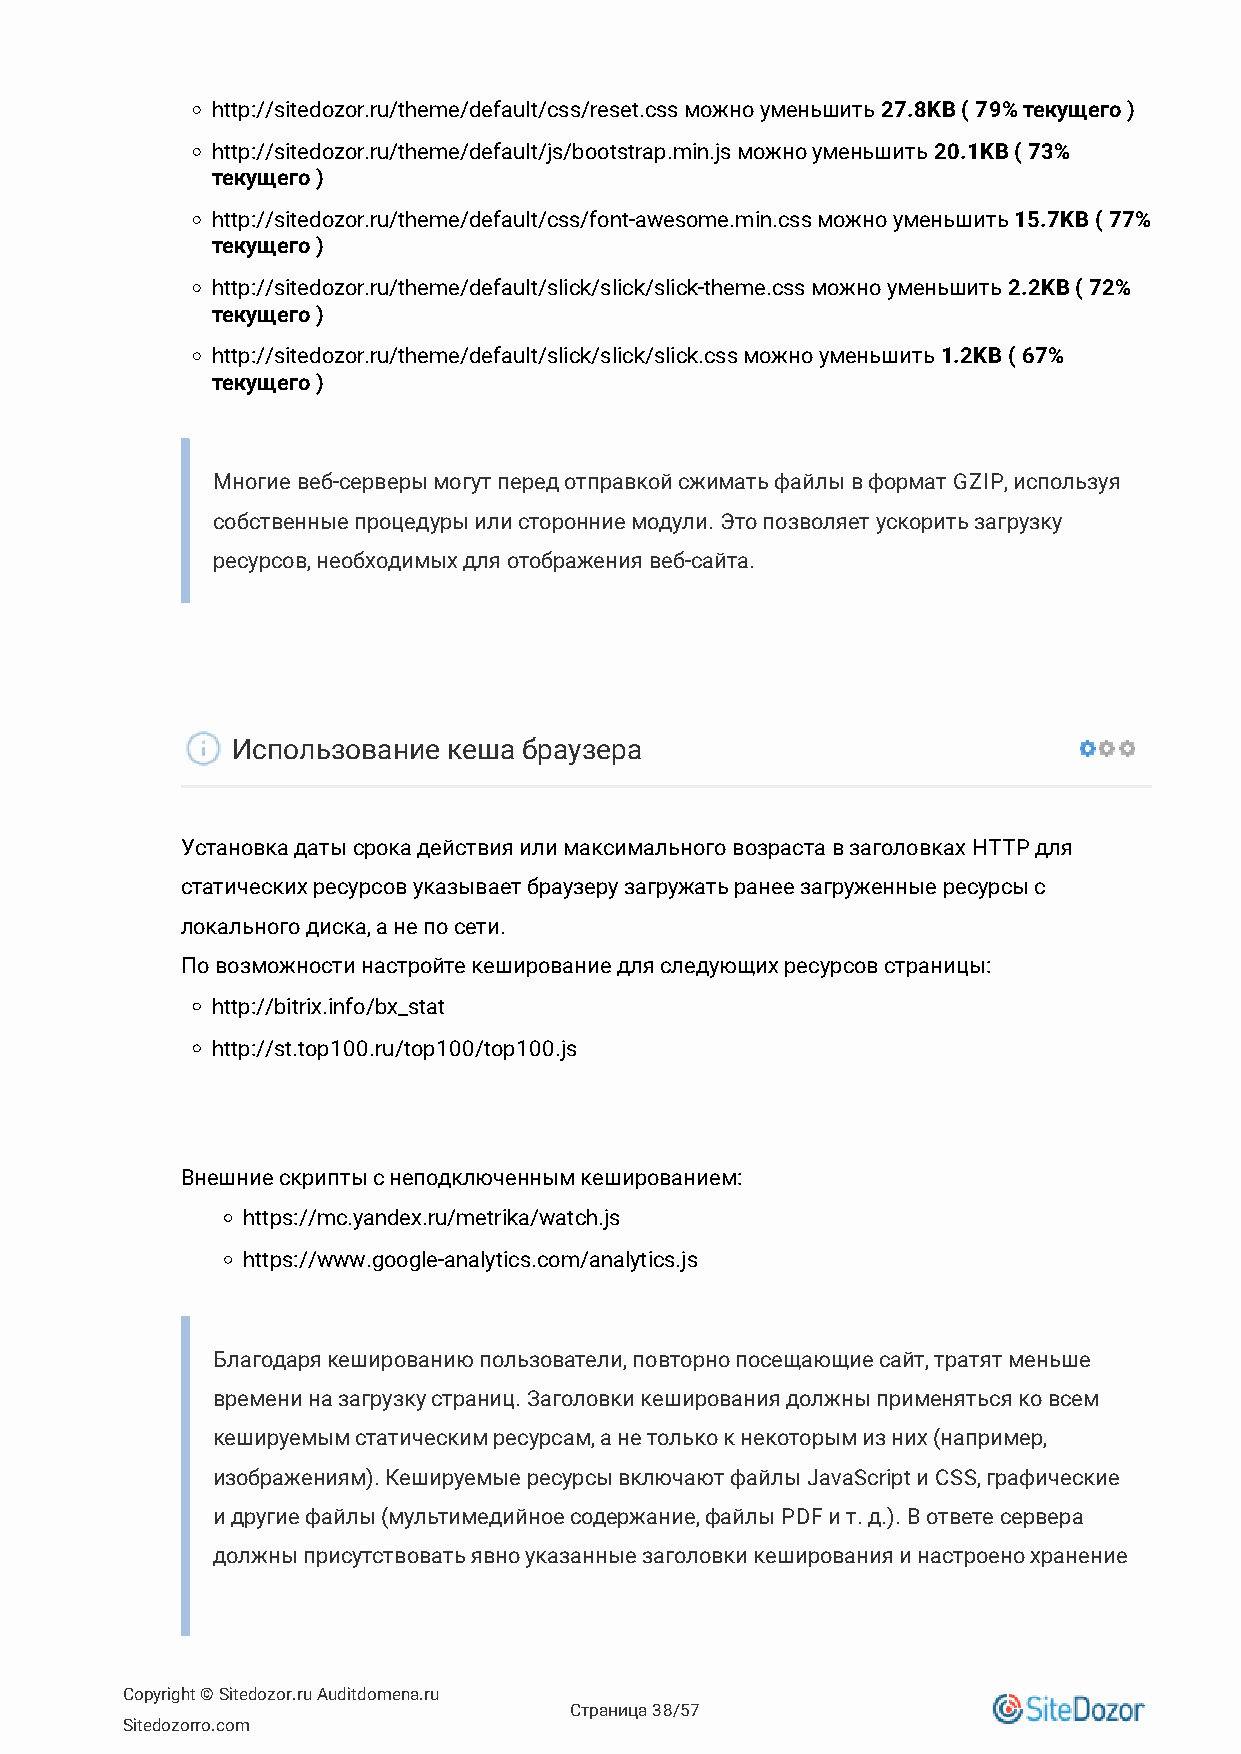
http://sitedozor.ru/theme/default/css/reset.css можно уменьшить 27.8KB ( 79% текущего )
 http://sitedozor.ru/theme/default/js/bootstrap.min.js можно уменьшить 20.1KB ( 73%
 текущего )
 http://sitedozor.ru/theme/default/css/font-awesome.min.css можно уменьшить 15.7KB ( 77%
 текущего )
 http://sitedozor.ru/theme/default/slick/slick/slick-theme.css можно уменьшить 2.2KB ( 72%
 текущего )
 http://sitedozor.ru/theme/default/slick/slick/slick.css можно уменьшить 1.2KB ( 67%
 текущего )
 Многие веб-серверы могут перед отправкой сжимать файлы в формат GZIP, используя
 собственные процедуры или сторонние модули. Это позволяет ускорить загрузку
 ресурсов, необходимых для отображения веб-сайта.
 Использование  кеша браузера
 Установка даты срока действия или максимального возраста в заголовках HTTP для
 статических ресурсов указывает браузеру загружать ранее загруженные ресурсы с
 локального диска, а не по сети.
 По возможности настройте кеширование для следующих ресурсов страницы:
 http://bitrix.info/bx_stat
 http://st.top100.ru/top100/top100.js
 Внешние скрипты с неподключенным кешированием:
 https://mc.yandex.ru/metrika/watch.js
 https://www.google-analytics.com/analytics.js
 Благодаря кешированию пользователи, повторно посещающие сайт, тратят меньше
 времени на загрузку страниц. Заголовки кеширования должны применяться ко всем
 кешируемым статическим ресурсам, а не только к некоторым из них (например,
 изображениям). Кешируемые ресурсы включают файлы JavaScript и CSS, графические
 и другие файлы (мультимедийное содержание, файлы PDF и т. д.). В ответе сервера
 должны присутствовать явно указанные заголовки кеширования и настроено хранение
 Copyright © Sitedozor.ru Auditdomena.ru
 Страница 38/57
 Sitedozorro.com